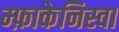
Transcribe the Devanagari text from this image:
म्फ़ाकेनिस्वा